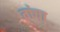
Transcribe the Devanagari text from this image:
गंचा